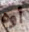
أوه